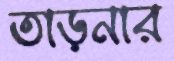
তাড়নার